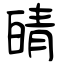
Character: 皘